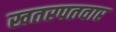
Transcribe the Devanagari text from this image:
खतरपतवार